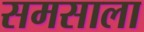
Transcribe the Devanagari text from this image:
समसाला